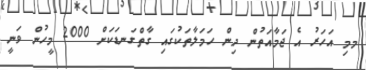
މމި އަހަރު އެ ޖަމާއަތުން ދިން ހަމަލާތަކުގައި ގާތްގަނޑަކަށް 2000 މީހުން ވަނީ